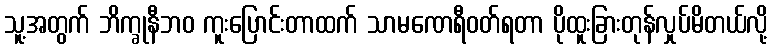
သူ့အတွက် ဘိက္ခုနီဘဝ ကူးပြောင်းတာထက် သာမဏေရီဝတ်ရတာ ပိုထူးခြားတုန်လှုပ်မိတယ်လို့